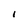
Character: I